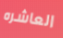
العاشره